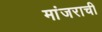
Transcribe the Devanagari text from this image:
मांजराची